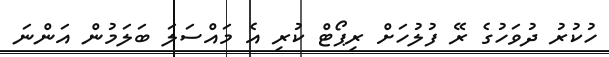
ހުކުރު ދުވަހުގެ ރޭ ފުލުހަށް ރިޕޯޓް ކުރި އެ މައްސަލަ ބަލަމުން އަންނަ